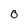
Character: O